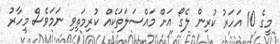
މީގެ 10 އަހަރު ކުރިން ލެގޯ އަށް މައްސަލަތަކެއް ކުރިމަތިވި ނަމަވެސް މިހާރު